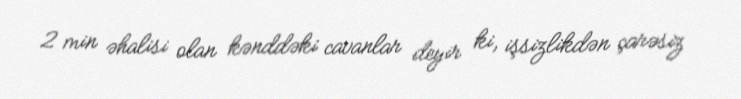
2 min əhalisi olan kənddəki cavanlar deyir ki, işsizlikdən çarəsiz